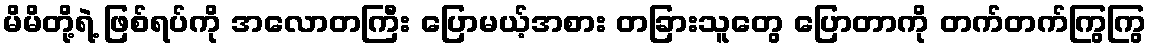
မိမိတို့ရဲ့ ဖြစ်ရပ်ကို အလောတကြီး ပြောမယ့်အစား တခြားသူတွေ ပြောတာကို တက်တက်ကြွကြွ